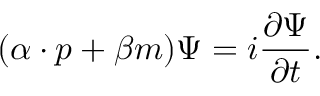
( \boldsymbol { \alpha } \cdot \boldsymbol { p } + \beta { m } ) \Psi = i \frac { \partial \Psi } { \partial t } .